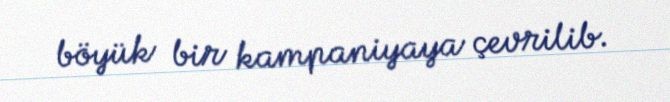
böyük bir kampaniyaya çevrilib.